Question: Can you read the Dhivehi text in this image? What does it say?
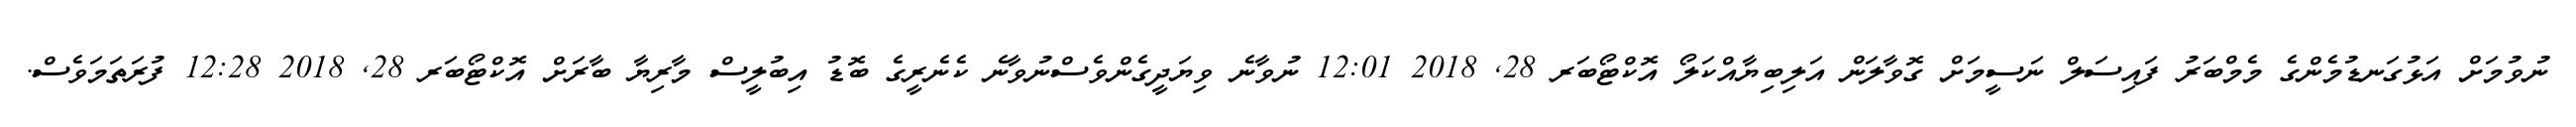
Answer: ނުވުމަށް އަޅުގަނޑުމެންގެ މެމްބަރު ފައިސަލް ނަސީމަށް ގޮވާލަން އަލިބިޔާއްކަލޯ އޮކްޓޯބަރ 28, 2018 12:01 ނުވާނެ ވިޔަދީގެންވެސްނުވާނެ ކެނެރީގެ ބޮޑު އިބުލީސް މާރިޔާ ބާރަށް އޮކްޓޯބަރ 28, 2018 12:28 ފުރަތަމަވެސް.